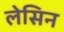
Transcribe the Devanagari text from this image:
लेसिन